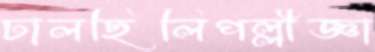
ঢালছিলিপল্লীজ্ঞা